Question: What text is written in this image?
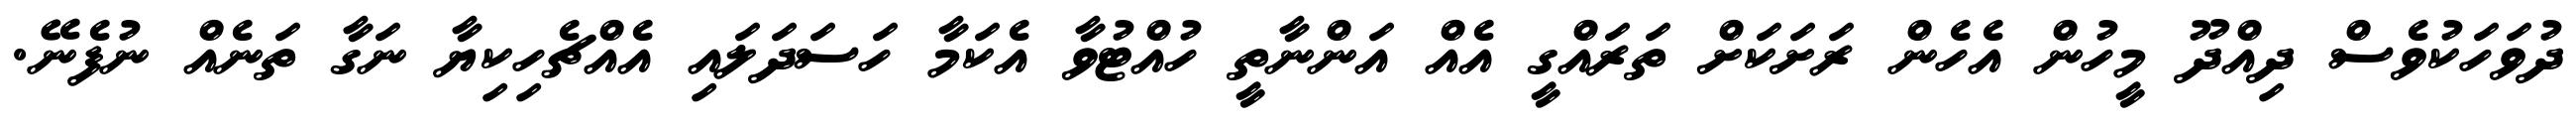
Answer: ދުވަހަކުވެސް ދިއްދޫ މީހުން އެހެން ރަށަކަށް ތަރައްގީ އެއް އަންނާތީ ހުއްޓުވާ އެކަމާ ހަސަދަލައި އެއްޗެހިކިޔާ ނަގާ ތަނެއް ނުފެނޭ.